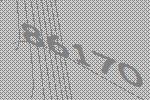
86170